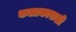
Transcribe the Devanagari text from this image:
कलाकाराशी